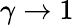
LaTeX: \gamma\rightarrow 1